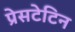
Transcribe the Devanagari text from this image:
प्रेसटेटिन